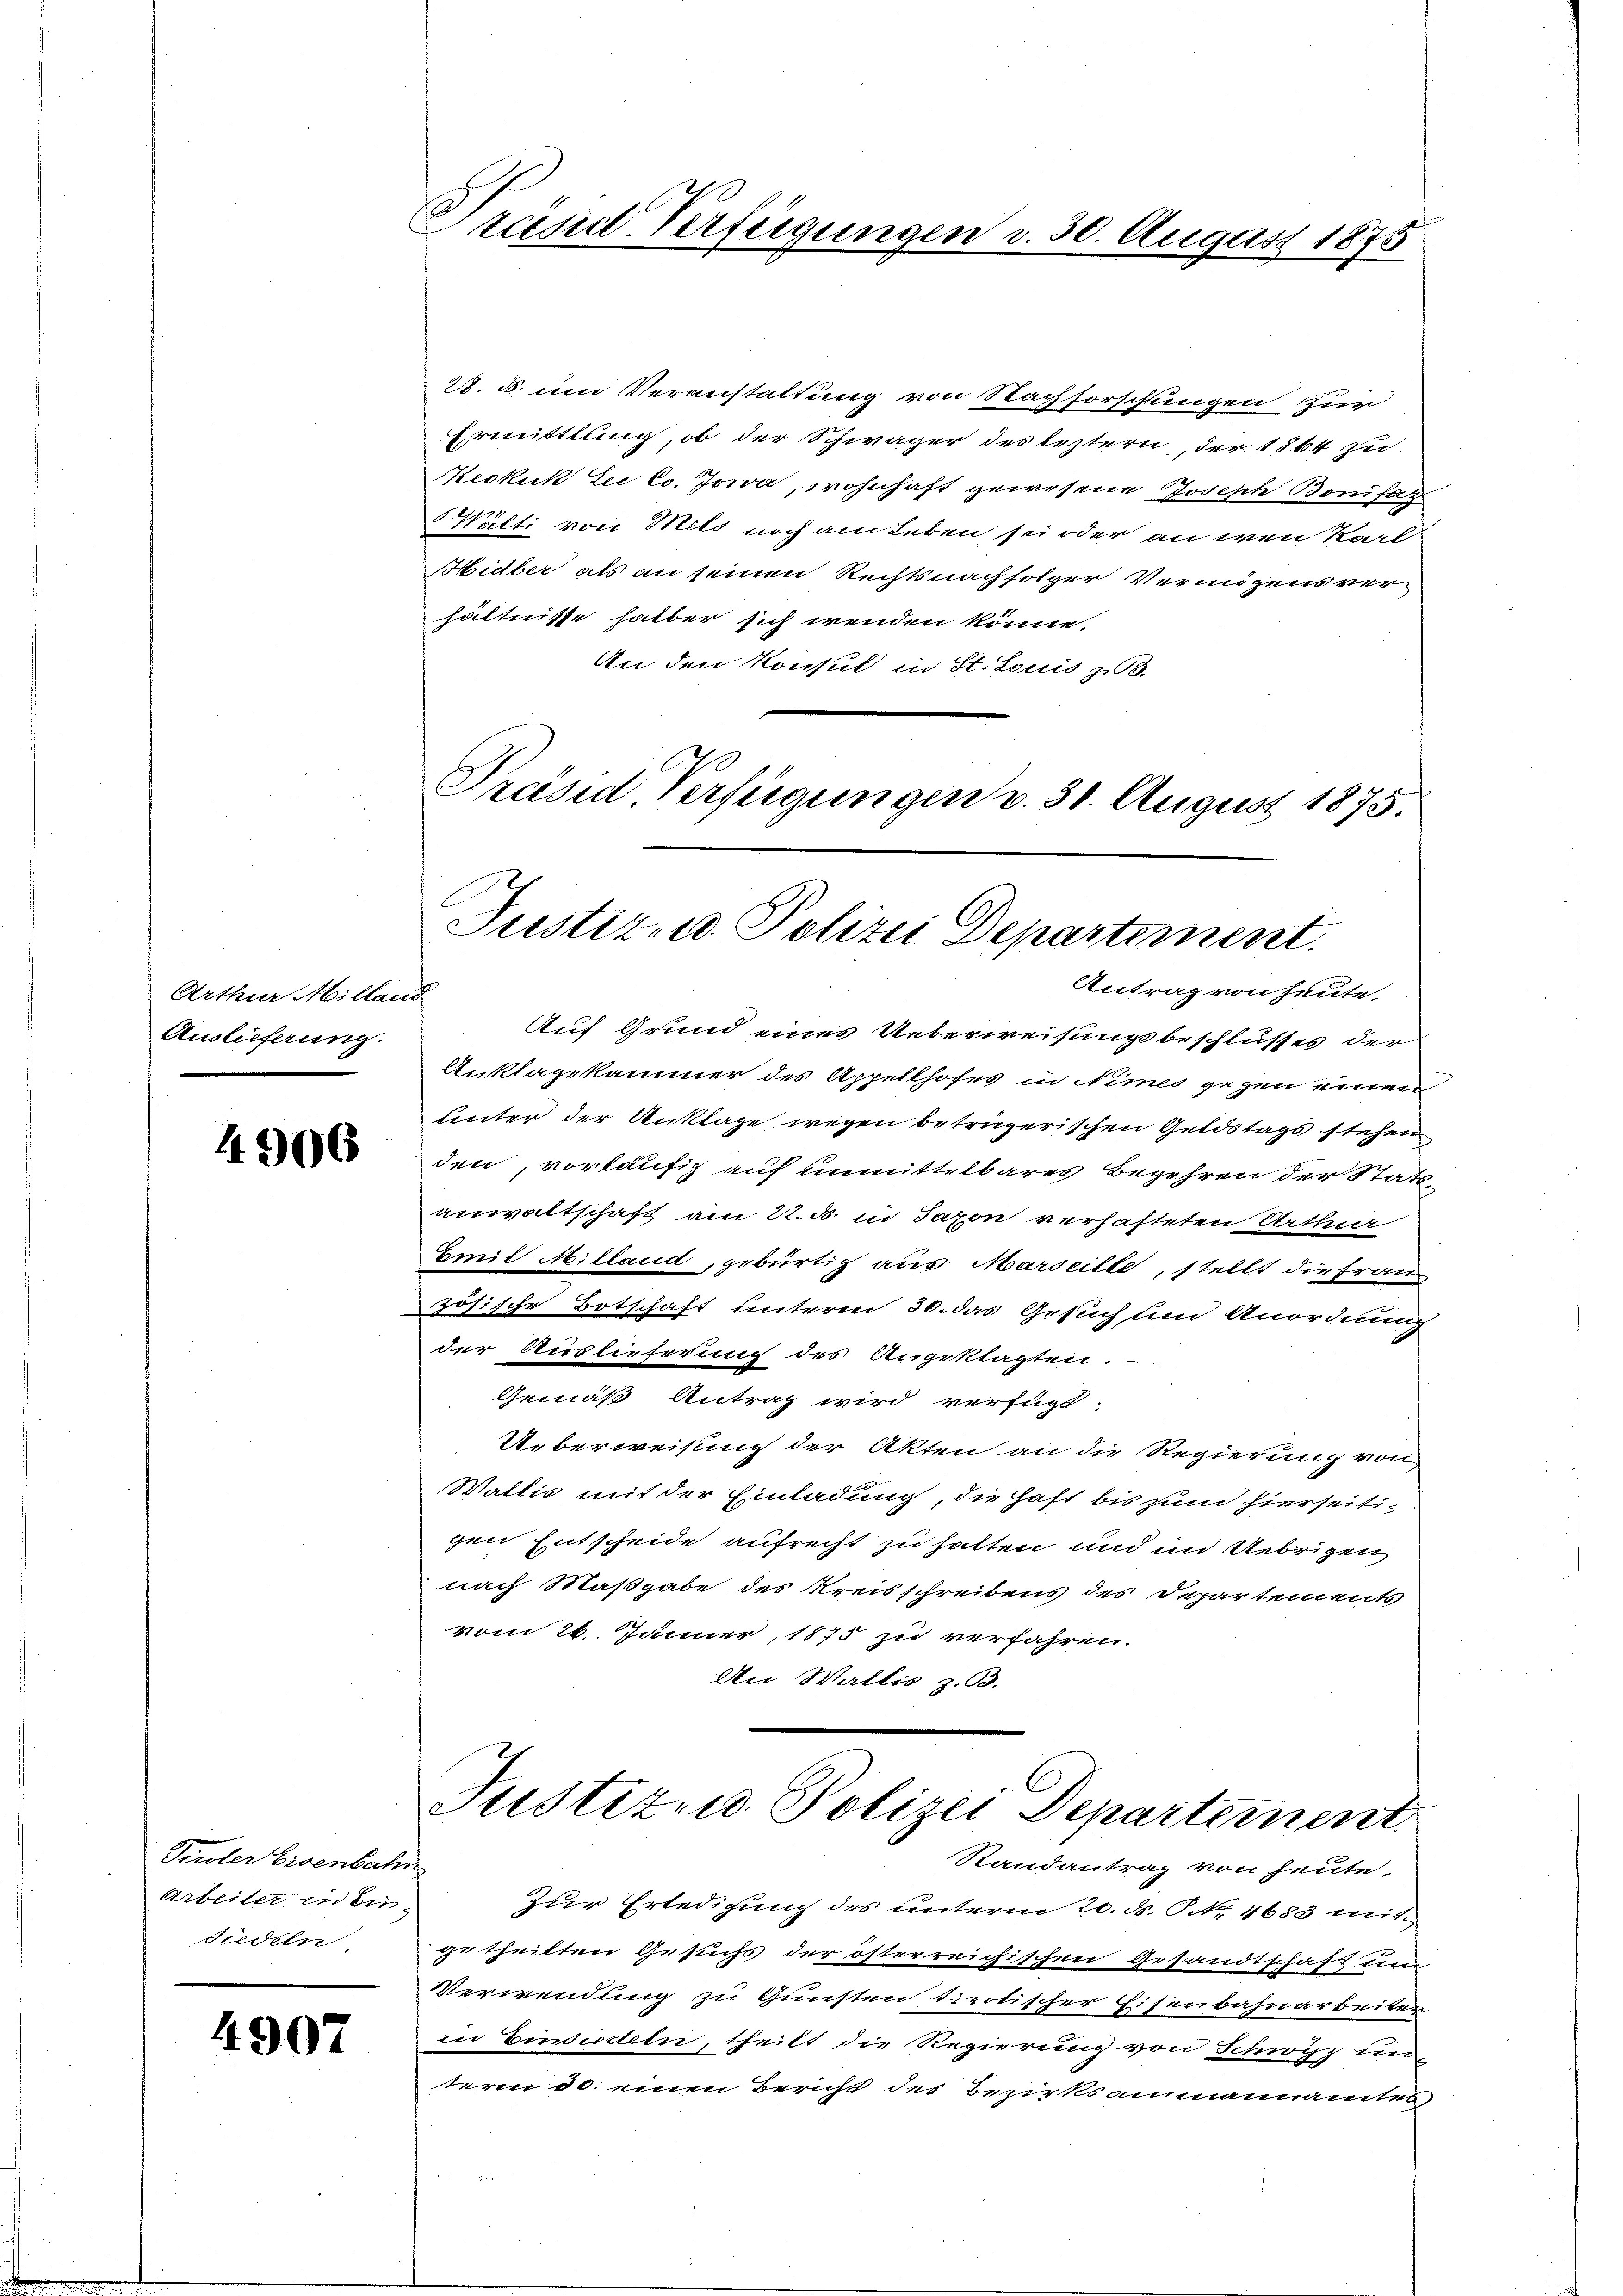
Arthur Milland
Auslieferung.

4906

28. d. um Veranstaltung von Nachforschungen zur
Ermittlung, ob der Schwäger des leztern, der 1864 zu
Keckuk bei Co. Jowa, wohnhaft gewesene Joseph Bonifaz
Wälti von Meld noch am Leben sei oder an wen Karl
Hidber als an seinen Rechtsnachfolger Vermögens verhältnisse halber sich wenden könne.
In den Konsul in St. Louis z. B.
Präsid Verfügungen v. 31. August 1875.

Perdter Eisenbahn
Arbeiter in bis¬
Siedeln.

4907

räsid. Verfügungen d. 30. August 1875

Justiz- u. Polizei Departement.
Antrag von heute.

Auf Grund eines Ueberweisungsbeschlusses der
Anklagekammer des Appellhofes in Nimes gegen einen
unter der Anklage wegen betrügerischen Geldstags stehen
den, vorläufig auf unmittelbares Begehren der Stattanwaltschaft am 22. d. in Saxon verhafteten Urthur
Emil Milland, gebürtig aus Marseille, stellt die Frauzösische Botschaft unterm 30. das Gesuch um Anordnung
der Auslieferung des Angeklagten.
Gemäß Antrag wird verfügt.
Ueberweisung der Akten an die Regierung von
Wallis mit der Einladung, die Haft bis zum hierseitigen Entscheide aufrecht zu hatten und im Uebrigen
nach Maßgabe des Kreisschreibens des Departements
vom 26. Jänner, 1875 zu verfahren.
An Wallis z. B.
Justiz und Polizei Departement

Randantrag von heute,
Zur Erledigung des unterm 20. N. N.Nr. 4683 mit
getheilten Gesuchs der österreichischen Gesandtschaft un
Verwendung zu Gunsten tirotischer Eisenbahnarbeiter
in Einsiedeln, theilt die Regierung von Schwyz un-
teren d. einen Bericht des Bezirksammannamtes
d